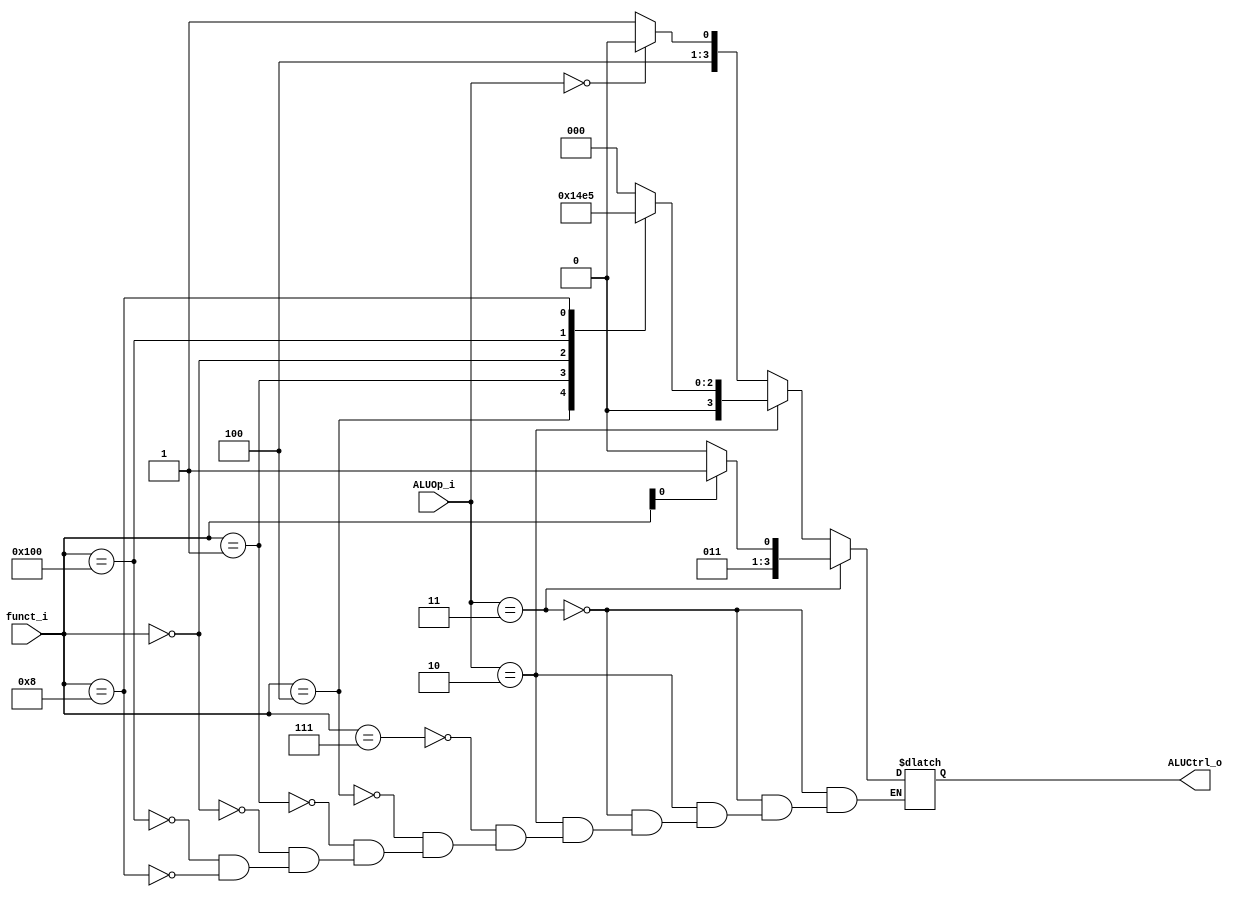
module ALU_Control
(
    funct_i,
    ALUOp_i,
    ALUCtrl_o
);

// Ports
input   [9:0]   funct_i;
input   [1:0]   ALUOp_i;
output  reg[3:0]   ALUCtrl_o;

//assign

always@(funct_i, ALUOp_i)begin



	if(ALUOp_i == 2'b11)begin	//I type
		case(funct_i[0])
			1'b0	:ALUCtrl_o = 4'b0110;	//addi
			1'b1	:ALUCtrl_o = 4'b0111;	//srai
			default	:;
		endcase
	end

	else if (ALUOp_i == 2'b10) begin	//R type
		case(funct_i)
			10'b0000000111	:ALUCtrl_o = 4'b0000;	//and
			10'b0000000100	:ALUCtrl_o = 4'b0001;	//xor
			10'b0000000001	:ALUCtrl_o = 4'b0010;	//sll
			10'b0000000000	:ALUCtrl_o = 4'b0011;	//add
			10'b0100000000	:ALUCtrl_o = 4'b0100;	//sub
			10'b0000001000	:ALUCtrl_o = 4'b0101;	//mul
			default	:;
		endcase

	end

	else if (ALUOp_i == 2'b00)begin
		ALUCtrl_o = 4'b1000;	// sw, lw
	end

	else begin
		ALUCtrl_o = 4'b1001;	//beq

	end


end



endmodule